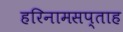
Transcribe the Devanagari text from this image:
हरिनामसप्ताह